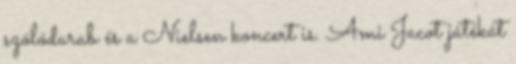
szólódarab és a Nielsen koncert is. Ami Jacot játékát